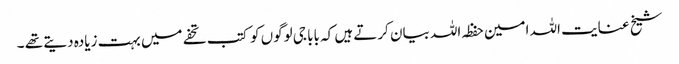
شیخ عنایت اللہ امین حفظہ اللہ بیان کرتے ہیں کہ بابا جی لوگوں کو کتب تحفے میں بہت زیادہ دیتے تھے ۔